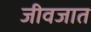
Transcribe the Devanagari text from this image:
जीवजात